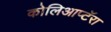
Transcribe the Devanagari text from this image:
कोलिआप्टॅरा